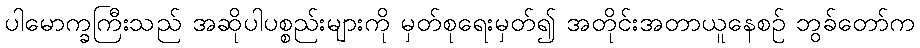
ပါမောက္ခကြီးသည် အဆိုပါပစ္စည်းများကို မှတ်စုရေးမှတ်၍ အတိုင်းအတာယူနေစဉ် ဘွခ်တော်က